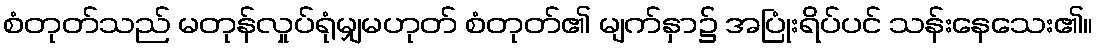
စံတုတ်သည် မတုန်လှုပ်ရုံမျှမဟုတ် စံတုတ်၏ မျက်နှာ၌ အပြုံးရိပ်ပင် သန်းနေသေး၏။